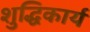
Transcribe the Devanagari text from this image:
शुद्धिकार्य